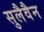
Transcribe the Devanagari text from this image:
सुलैवैन